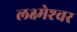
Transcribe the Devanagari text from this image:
लक्ष्मेश्‍वर